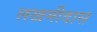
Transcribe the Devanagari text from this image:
लखमीदास